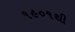
૧૯૦૧થી